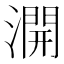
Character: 𣾺